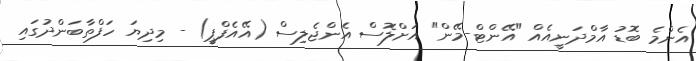
އެންމެ ބޮޑު އާމްދަނީއެއް "އޭންޓް-މޭން" އަށްލޮސް އެންޖެލިސް (އޭއެފްޕީ) - މިދިޔަ ހަފްތާބަންދުގައި